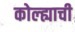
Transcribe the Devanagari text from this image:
कोल्ह्याची